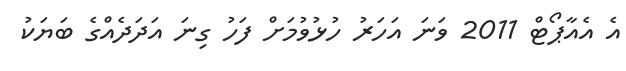
އެ އެއާޕޯޓް 2011 ވަނަ އަހަރު ހުޅުވުމަށް ފަހު ގިނަ އަަދަދެއްގެ ބަޔަކު